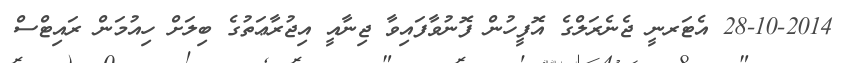
28-10-2014 އެޓަރނީ ޖެނެރަލްގެ އޮފީހުން ފޮނުވާފައިވާ ޖިނާއީ އިޖުރާޢަތުގެ ބިލަށް ހިއުމަން ރައިޓްސް